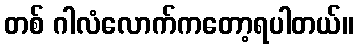
တစ် ဂါလံလောက်ကတော့ရပါတယ်။